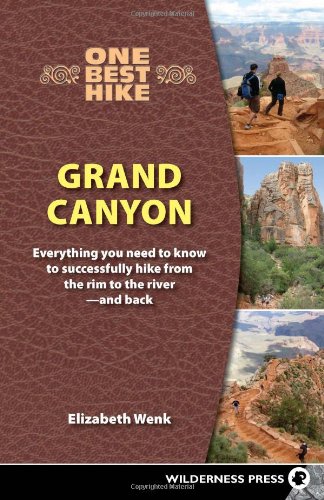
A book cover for One Best Hike: Grand Canyon: Everything You Need to Know to Successfully Hike from the Rim to the River EE and Back; Elizabeth Wenk; Health, Fitness & Dieting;